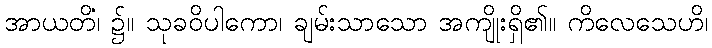
အာယတိံ၊ ၌။ သုခဝိပါကော၊ ချမ်းသာသော အကျိုးရှိ၏။ ကိလေသေဟိ၊